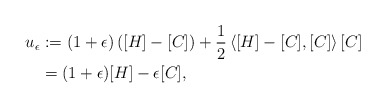
\begin{align*}u_{\epsilon} &:= (1 + \epsilon)\left([H]-[C]\right) + \frac{1}{2}\left\langle [H]-[C],[C]\right\rangle [C] \\&= (1 + \epsilon) [H] -\epsilon [C],\end{align*}